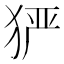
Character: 𤞤